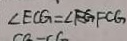
\angle E C G = \angle F C G